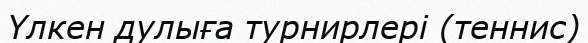
Үлкен дулыға турнирлері (теннис)